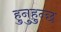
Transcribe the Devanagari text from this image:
हुनुहुन्छ